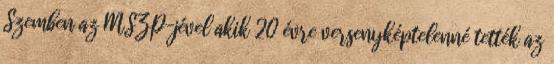
Szemben az MSZP-jével akik 20 évre versenyképtelenné tették az